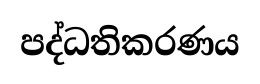
පද්ධතිකරණය